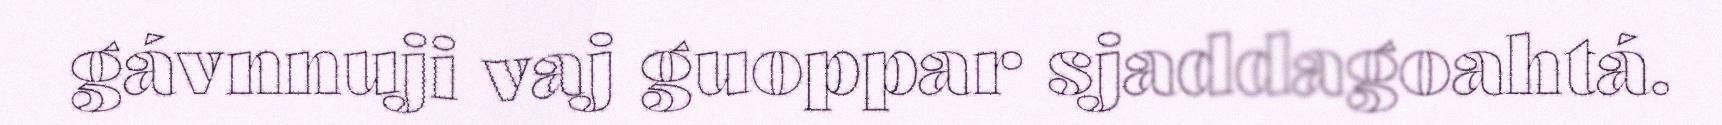
gávnnuji vaj guoppar sjaddagoahtá.